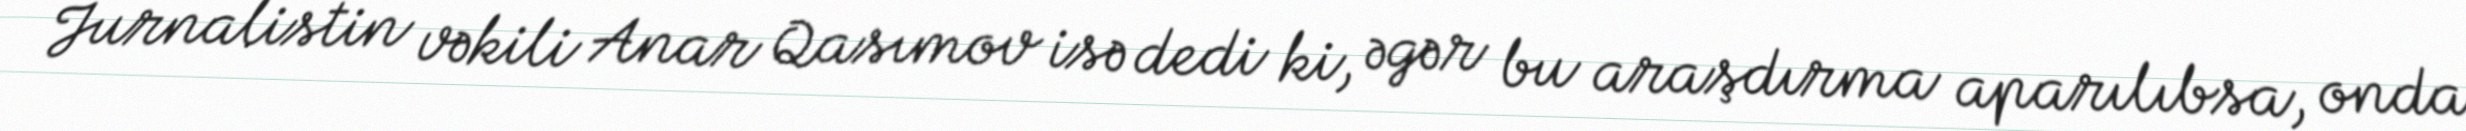
Jurnalistin vəkili Anar Qasımov isə dedi ki, əgər bu araşdırma aparılıbsa, onda